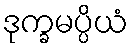
ဒုက္ခမပ္ပိယံ